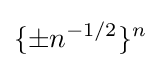
\{\pm n^{-1/2}\}^{n}